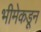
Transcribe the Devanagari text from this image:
भीमेकडून